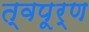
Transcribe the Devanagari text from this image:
त्वपूर्ण